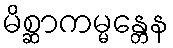
မိစ္ဆာကမ္မန္တေန